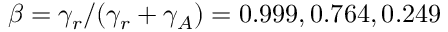
\beta = \gamma _ { r } / ( \gamma _ { r } + \gamma _ { A } ) = 0 . 9 9 9 , 0 . 7 6 4 , 0 . 2 4 9